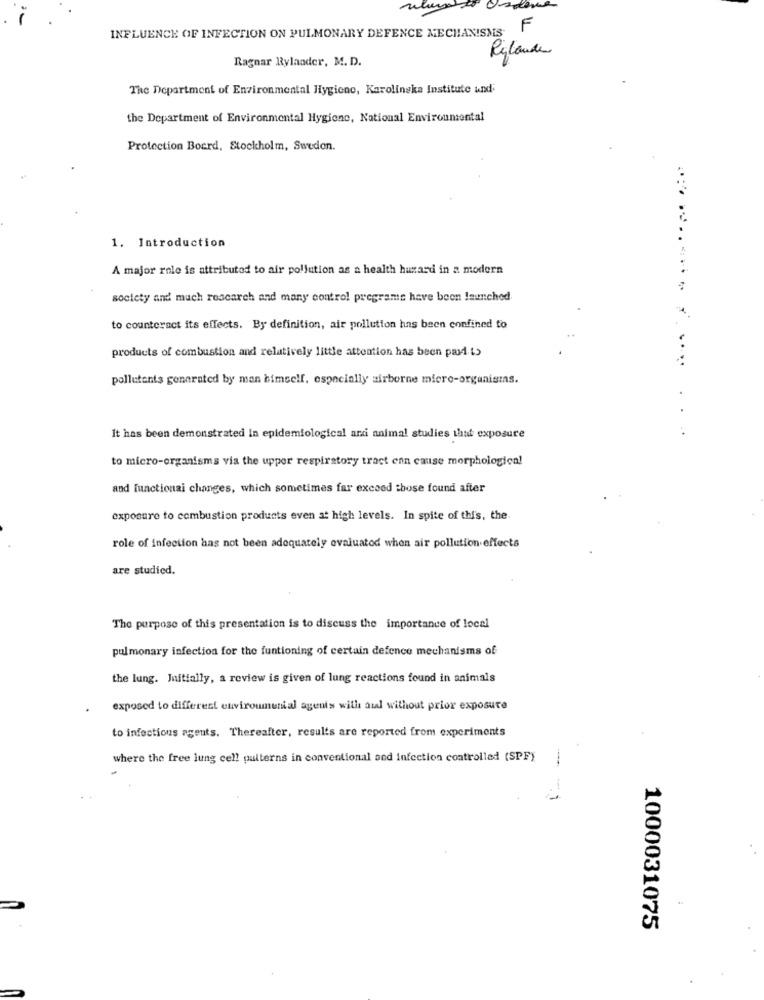
INFLUENCE OF INFECTION ON PULMONARY DEFENCE MECHANISMS.
: F
Ragnar Rylander, M. D.
Rylande
The Department of Environmental Hygiene, Karolinska Institute und;
the Department of Environmental Hygiene, National Environmental
Protection Board, Stockholm, Sweden.
1. Introduction
A major role is attributed to air pollution as a health hazard in a modern
..........
society and much rescarch and many control programs have been launched
to counteract its effects. By definition, air pollution has been confined to
products of combustion and relatively little attention has been pari is
.....
pollutants generated by man himself, especially airborne micro-organisms.
.
. .
It has been demonstrated in epidemiological arci animal studies this exposure
to micro-organisms via the upper respiratory tract enn cause morphological
and functionai changes, which sometimes far exceed those found after
exposure to combustion products even at high levels. In spite of this, the
role of infection has not been adequately evaluated when air pollution effects
are studied.
The purpose of this presentation is to discuss the importance of local
pulmonary infection for the funtioning of certain defence mechanisms of
the lung. Initially, a review is given of lung reactions found in animals
exposed to different environmental agents with aul without prior exposure
to infectious agents. Thereafter, results are reported from experiments
where the free lung cell pulterns in conventional and infection controlled (SPF)
1000031075
.